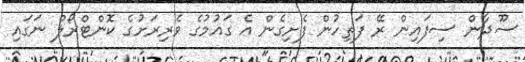
ސޫދާން ސިފައިން ރޭ ފަތިހުން ފެށިގެން އެ ގައުމުގެ ވެރިރަށުގެ ކޮންޓްރޯލް ނަގައި